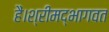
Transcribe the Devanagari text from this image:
हैं।श्रीमद्भागवत